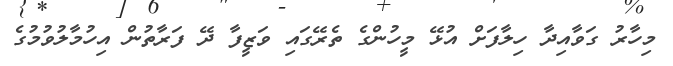
މިހާރު ގަވާއިދާ ހިލާފަށް އުޅޭ މީހުންގެ ތެރޭގައި ވަޒީފާ ދޭ ފަރާތުން އިހުމާލުވުމުގެ